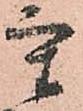
重